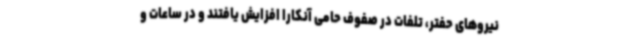
نیروهای حفتر، تلفات در صفوف حامی آنکارا افزایش یافتند و در ساعات و